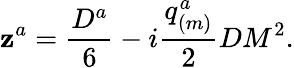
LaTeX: \mathbf{z}^{a}={\frac{{D^{a}}}{{6}}}-i{\frac{{q_{(m)}^{a}}}{{2}}}DM^{2}.